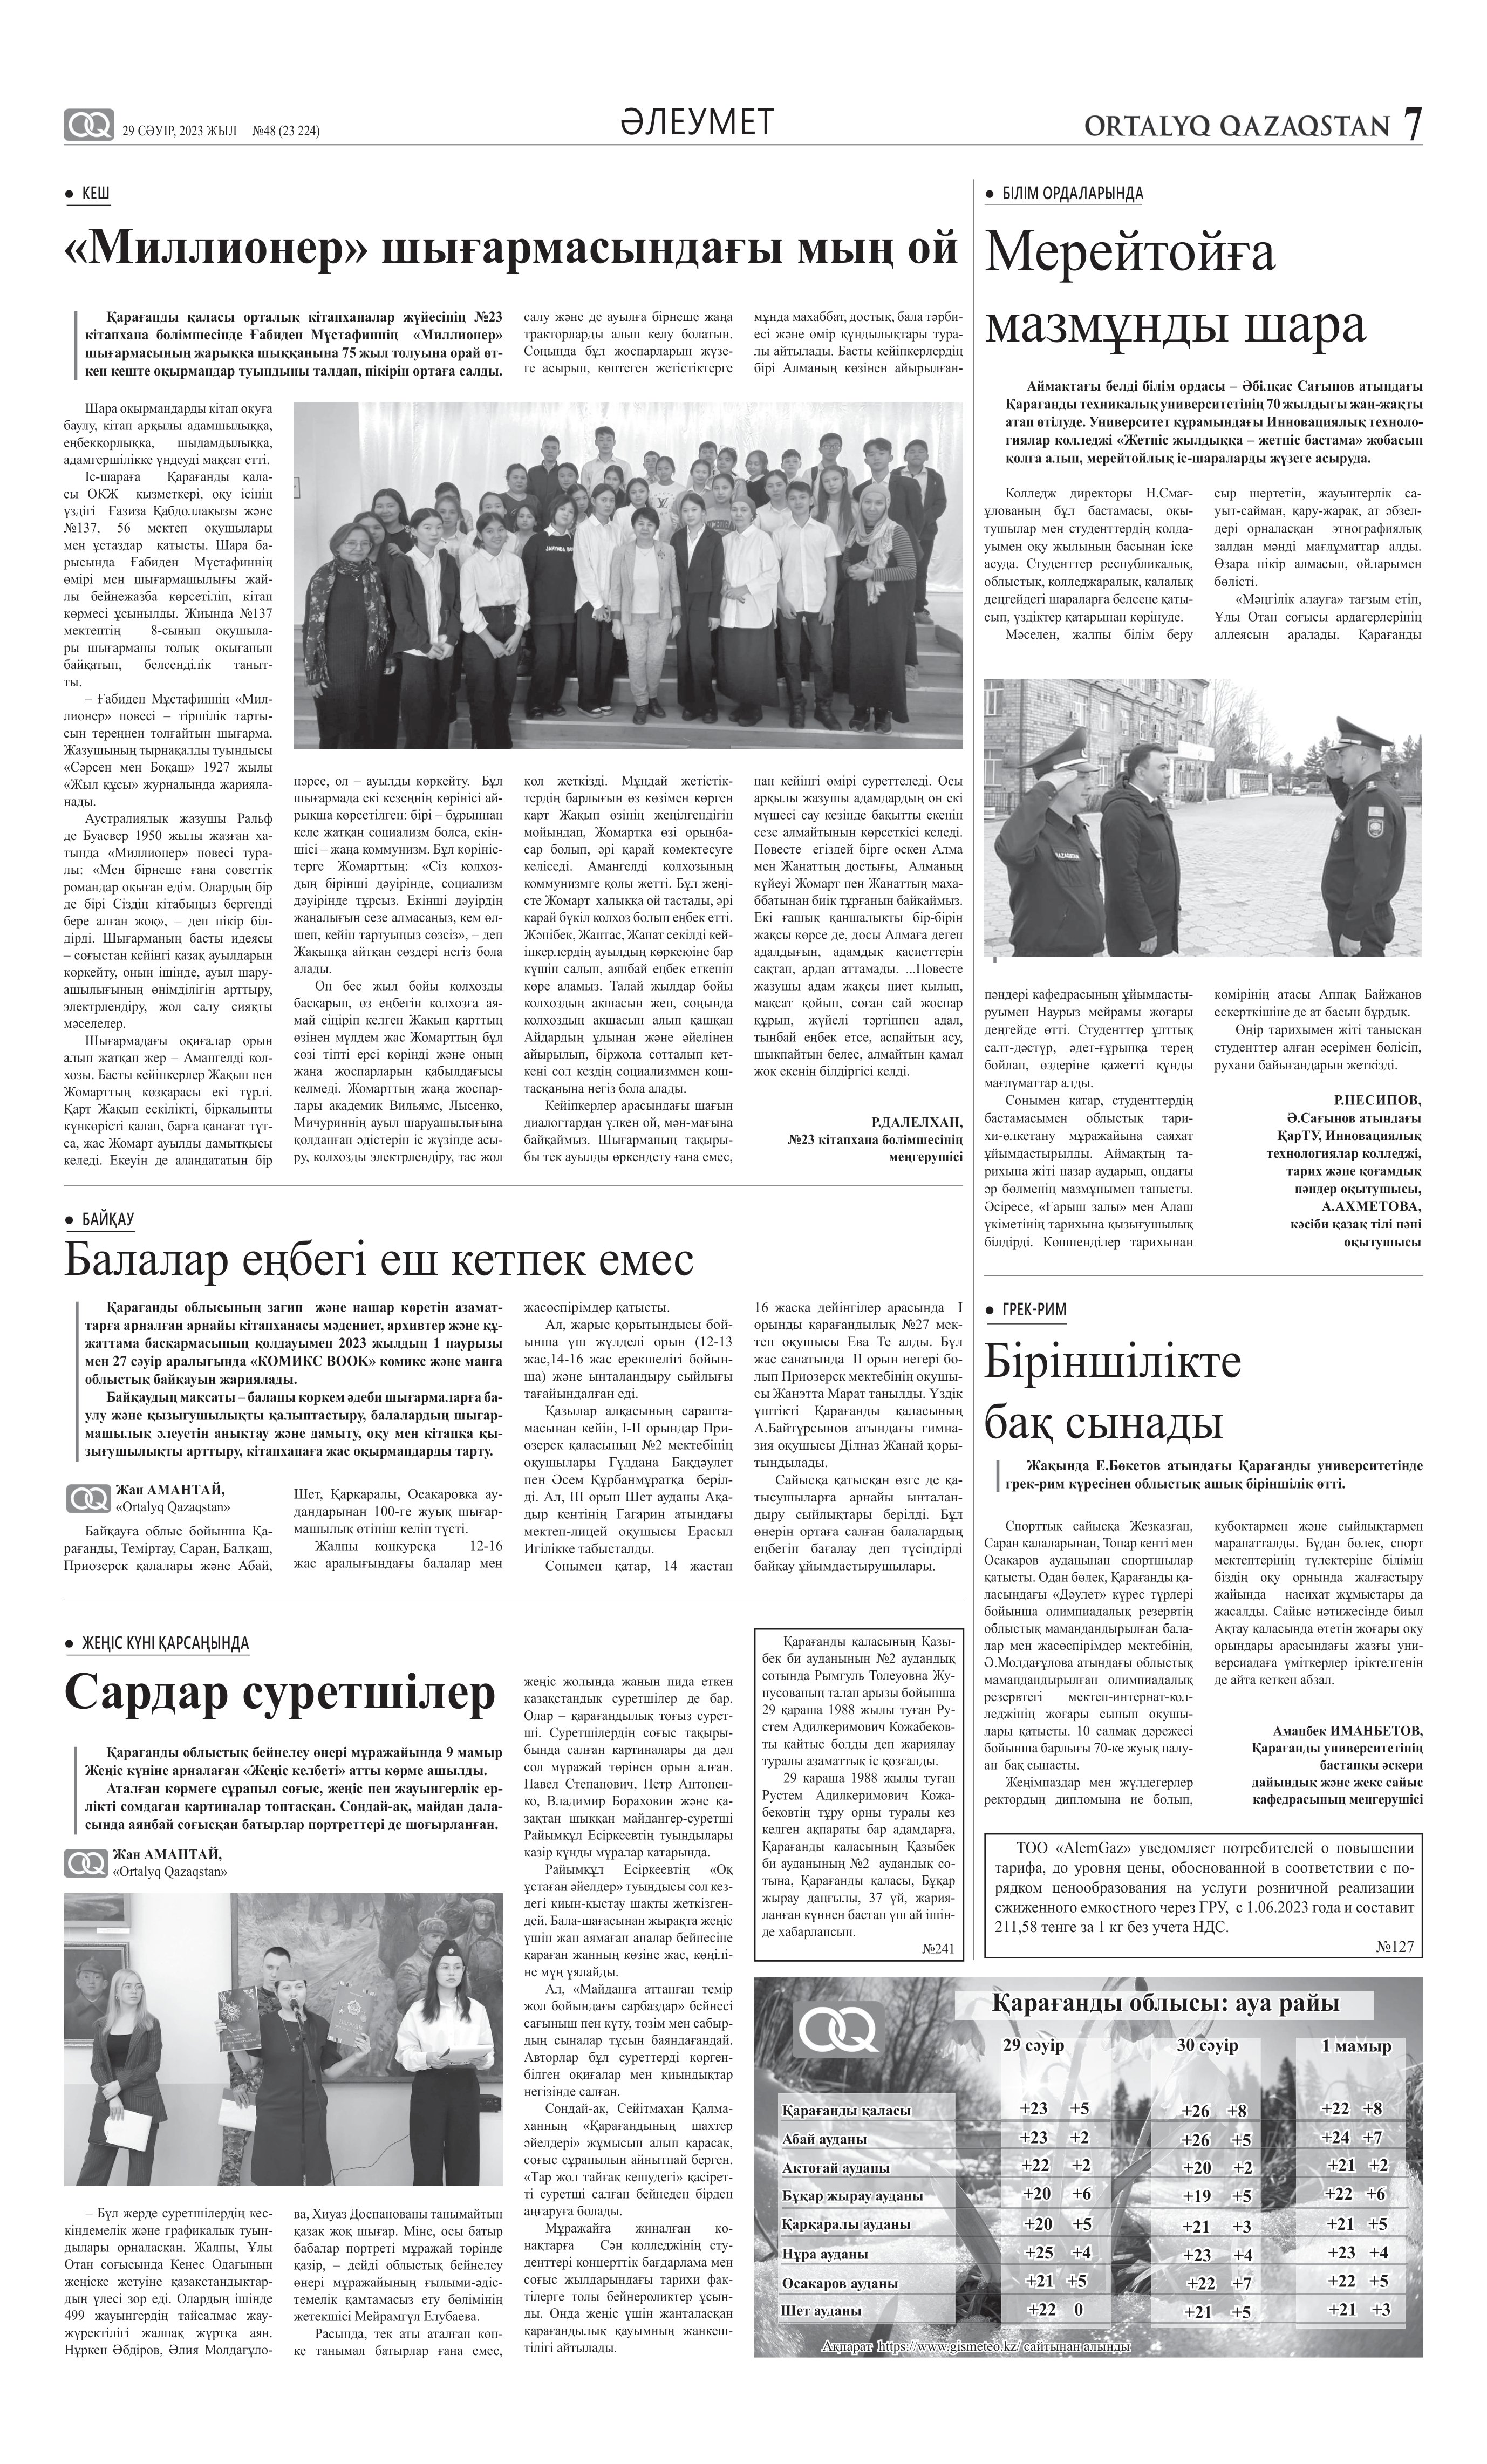
Language: kk